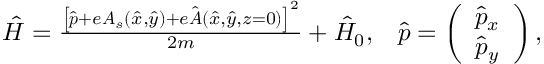
\begin{array} { r } { \hat { H } = \frac { \left[ \hat { \boldsymbol { p } } + e \boldsymbol { A } _ { s } ( \hat { x } , \hat { y } ) + e \hat { \boldsymbol { A } } ( \hat { x } , \hat { y } , z = 0 ) \right] ^ { 2 } } { 2 m } + \hat { H } _ { 0 } , \; \; \; \hat { \boldsymbol { p } } = \left( \begin{array} { c } { \hat { p } _ { x } } \\ { \hat { p } _ { y } } \end{array} \right) , } \end{array}